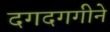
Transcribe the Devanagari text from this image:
दगदगगीने